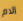
الام